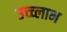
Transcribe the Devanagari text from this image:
उच्च्लाभ